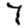
Digit: 7